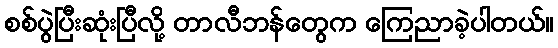
စစ်ပွဲပြီးဆုံးပြီလို့ တာလီဘန်တွေက ကြေညာခဲ့ပါတယ်။